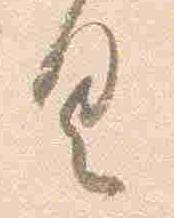
具